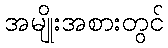
အမျိုးအစားတွင်